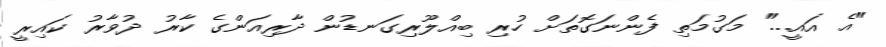
"އެ އައީ..." މަގުމަތި ފެންނަގޮތަށް ހުރި ބިއްލޫރިގަނޑުން ދާރިއަންގެ ކާރު ދުވާރު ކައިރީ